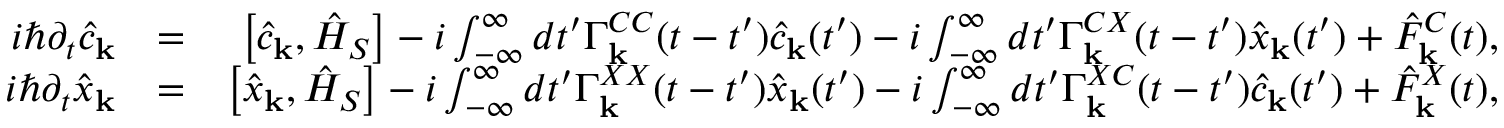
\begin{array} { r l r } { i \hbar \partial _ { t } \hat { c } _ { \bf k } } & { = } & { \left[ \hat { c } _ { \bf k } , \hat { H } _ { S } \right] - i \int _ { - \infty } ^ { \infty } d t ^ { \prime } \Gamma _ { \bf k } ^ { C C } ( t - t ^ { \prime } ) \hat { c } _ { \bf k } ( t ^ { \prime } ) - i \int _ { - \infty } ^ { \infty } d t ^ { \prime } \Gamma _ { \bf k } ^ { C X } ( t - t ^ { \prime } ) \hat { x } _ { \bf k } ( t ^ { \prime } ) + \hat { F } _ { \bf k } ^ { C } ( t ) , } \\ { i \hbar \partial _ { t } \hat { x } _ { \bf k } } & { = } & { \left[ \hat { x } _ { \bf k } , \hat { H } _ { S } \right] - i \int _ { - \infty } ^ { \infty } d t ^ { \prime } \Gamma _ { \bf k } ^ { X X } ( t - t ^ { \prime } ) \hat { x } _ { \bf k } ( t ^ { \prime } ) - i \int _ { - \infty } ^ { \infty } d t ^ { \prime } \Gamma _ { \bf k } ^ { X C } ( t - t ^ { \prime } ) \hat { c } _ { \bf k } ( t ^ { \prime } ) + \hat { F } _ { \bf k } ^ { X } ( t ) , } \end{array}